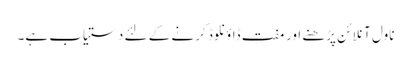
ناول آنلائن پڑھنے اور مفت ڈاؤنلوڈ کرنے کے لئے دستیاب ہے۔